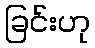
ခြင်းဟု